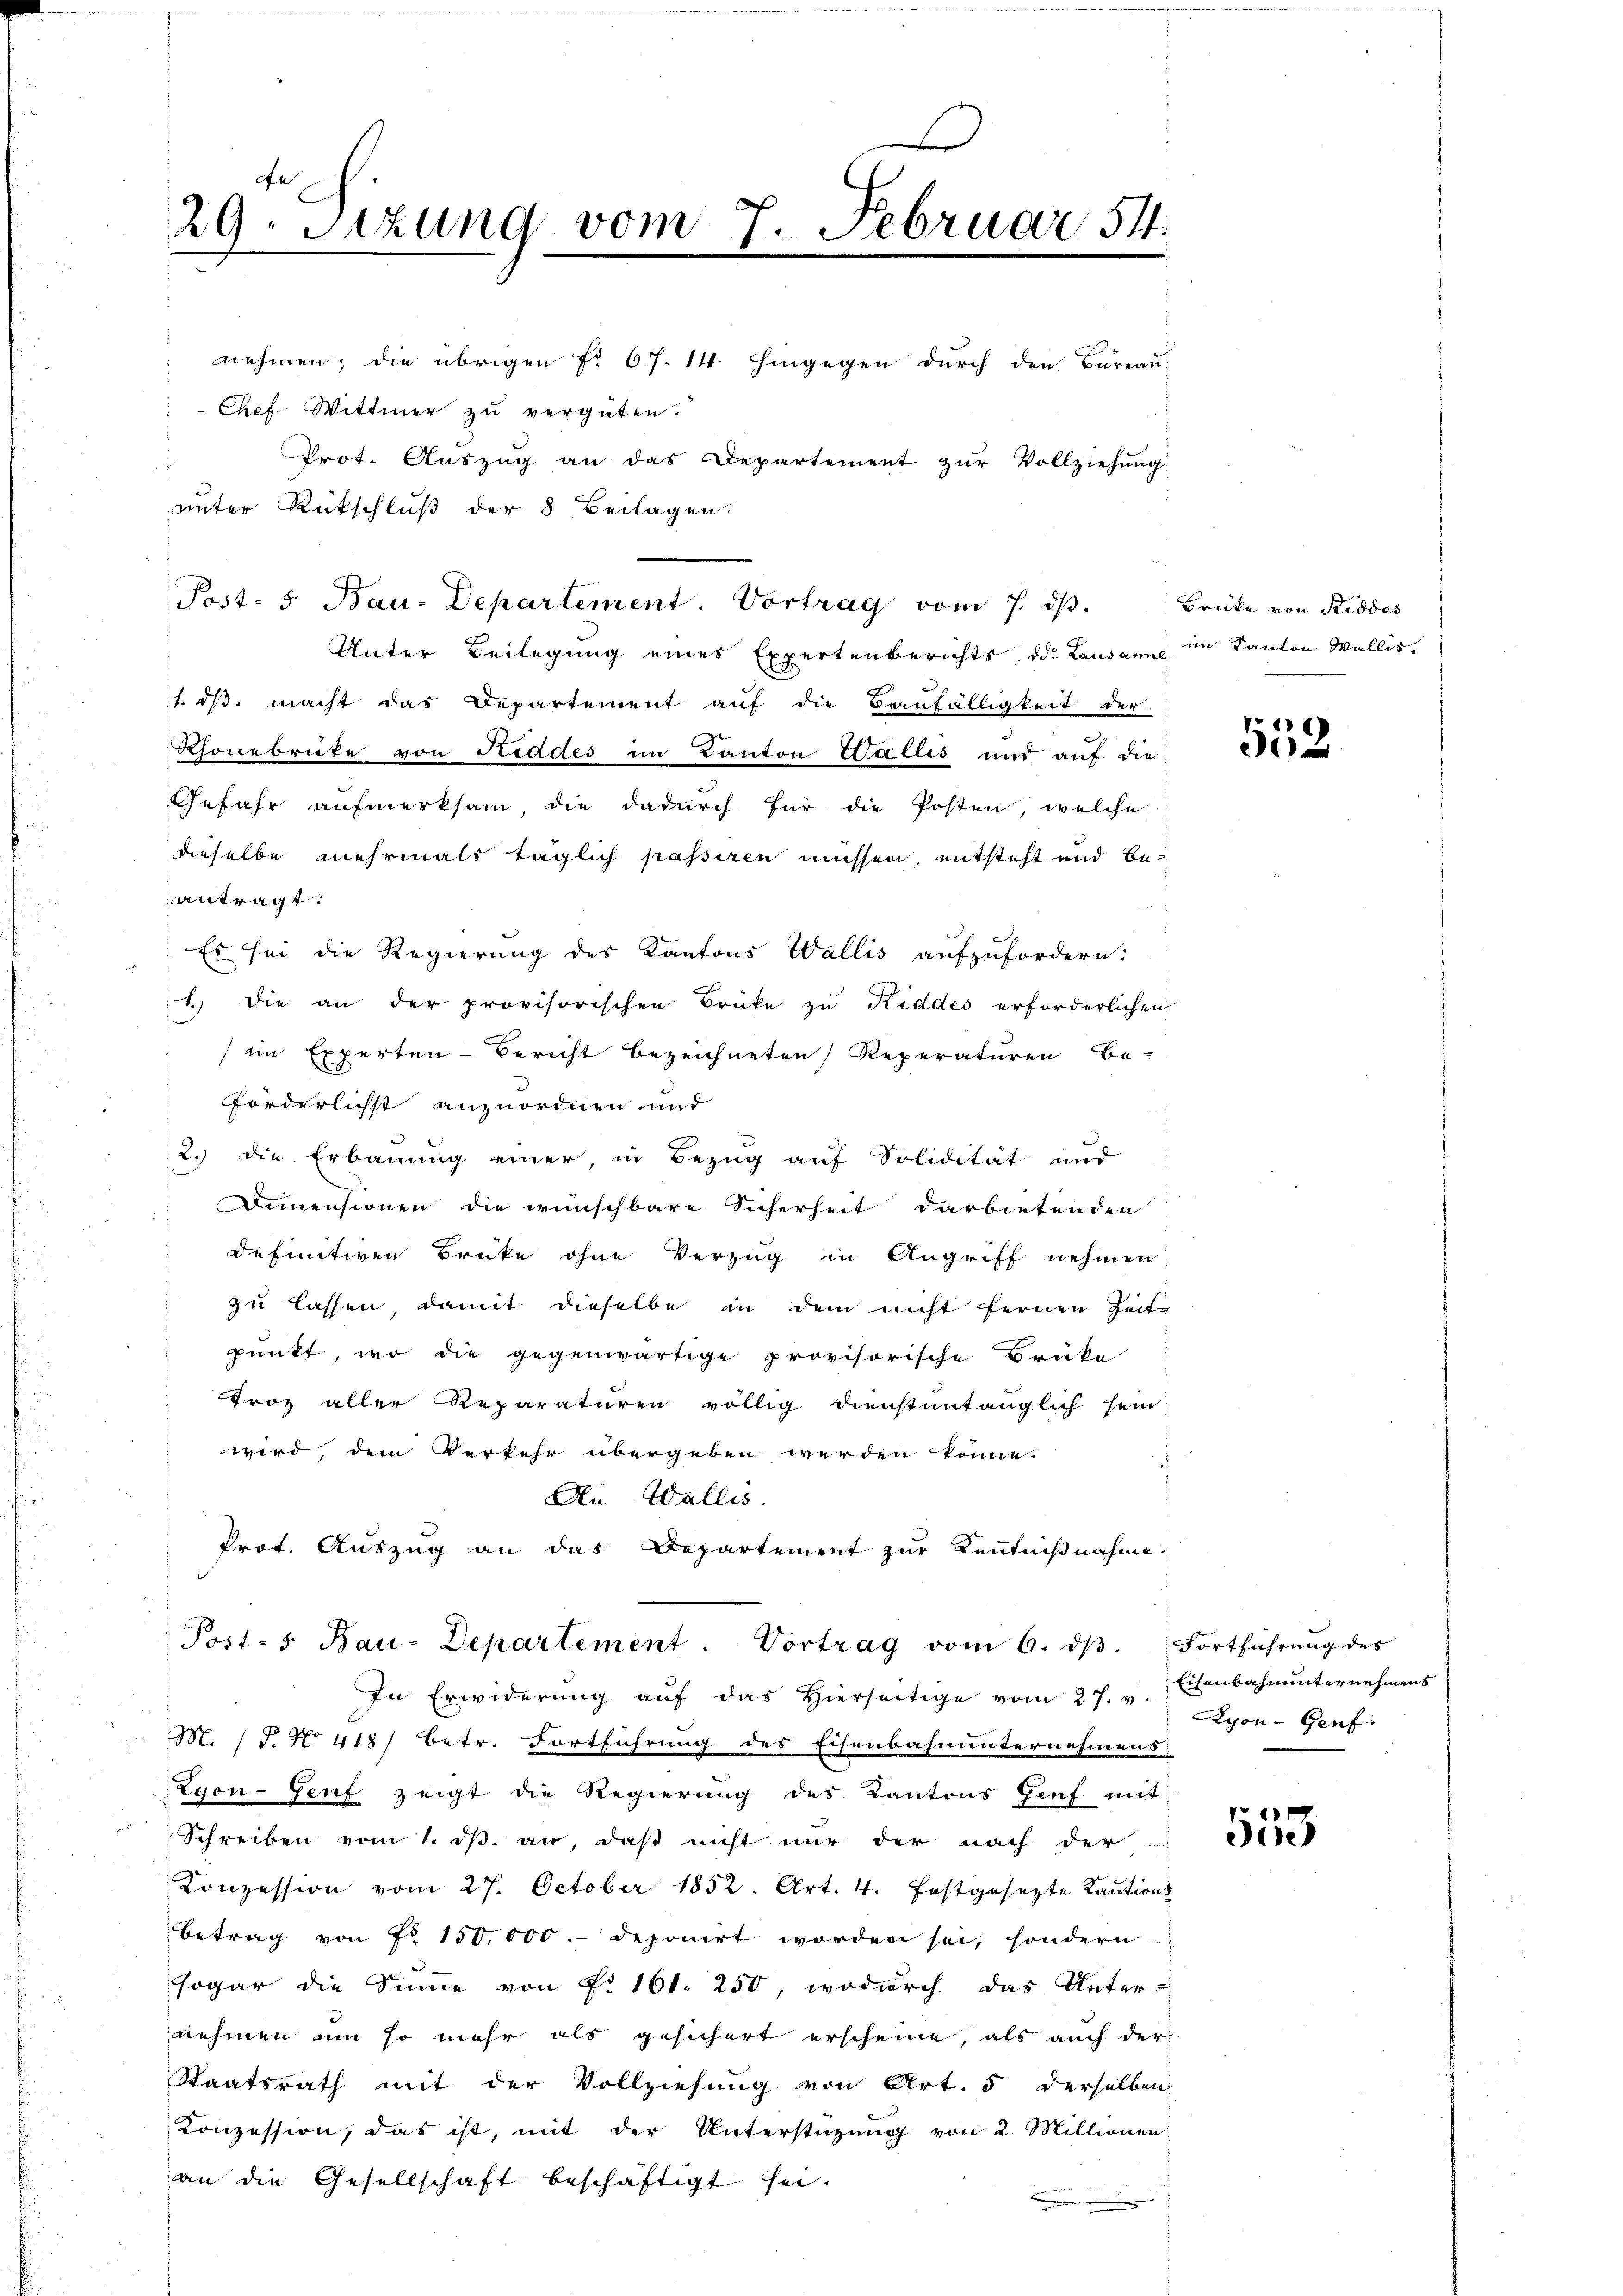
nehmen; die übrigen f. 67. 14 hingegen durch den Bureau-
Chef. Wittwer zŭ vergüten.
Prot. Aŭszŭg an das Departement zŭr Vollziehŭng
unter Rückschluß der 8 Beilagen.
Unter Beilegung eines Expertenberichts, die Landann im Kanton Wallis.
1. dβ macht das Departement auf die Baufälligkeit der
Rhonebrüte von Niddes im Kanton Wallis und auf die
Gefahr aufmerksam, die dadurch für die Posten, welche
dieselbe mehrmals täglich passiren müssen, entsteht und beantragt.
Es sei die Regierung des Kantons Wallis aufzufordern:
1. die an der provisorischen Brüke zu Kiddes erforderlichen
ein Experten-Bericht bezeichneten Reperaturen Be-
Forderlichst anzuordnen und
2.) die Erbauung einer, in Bezug auf Solidität und
Demensionen die wünschbare Sicherheit darbietenden
definitiven Brüke ohne Verzug in Angriff nehmen
zŭ lassen, damit dieselbe in dem nicht fernen Zeit-
punkt, wo die gegenwärtige provisorische Brüke
Troz aller Reparaturen völlig dienstantauglich sein:
wird, dem Verkehr übergeben werden könne.
An Wallis.
Prot. Auszug an das Departement zur Kenntnißnahme.
Post- u. Bau-Departement. Vortrag vom 6. dβ. Fortführŭng des
In Erwiderŭng aŭf das hierseitige vom 27. v. Eisenbahnŭnternehmens
M. / J. No 418) betr. Fortführung des Eisenbahnunternehmens:
Zyon- Genf zeigt die Regierung des Kantons Genf mit
Schreiben vom 1. dβ. an, daß nicht nur der nach der
Konzession vom 27. October 1852. Art. 4. festgesezte Kautions
betrag von Nr 150,000.- deponirt worden sei, sondern
sogar die Summe von Nr 161. 250, wodurch das Unter-
nehmen um so mehr als gesichert erscheine, als auch der
Staatsrath mit der Vollziehung von Art. 5 derselben
Konzession, das ist, mit der Unterstüzung von 2 Millionen
an die Gesellschaft beschäftigt sei.

x
29. Sitzung vom 7. Februar 54.

Post- 5. Bau-Departement. Vortrag vom 7. dβ.

Brücke von Riddes

552

Lyon - Genf.

ee